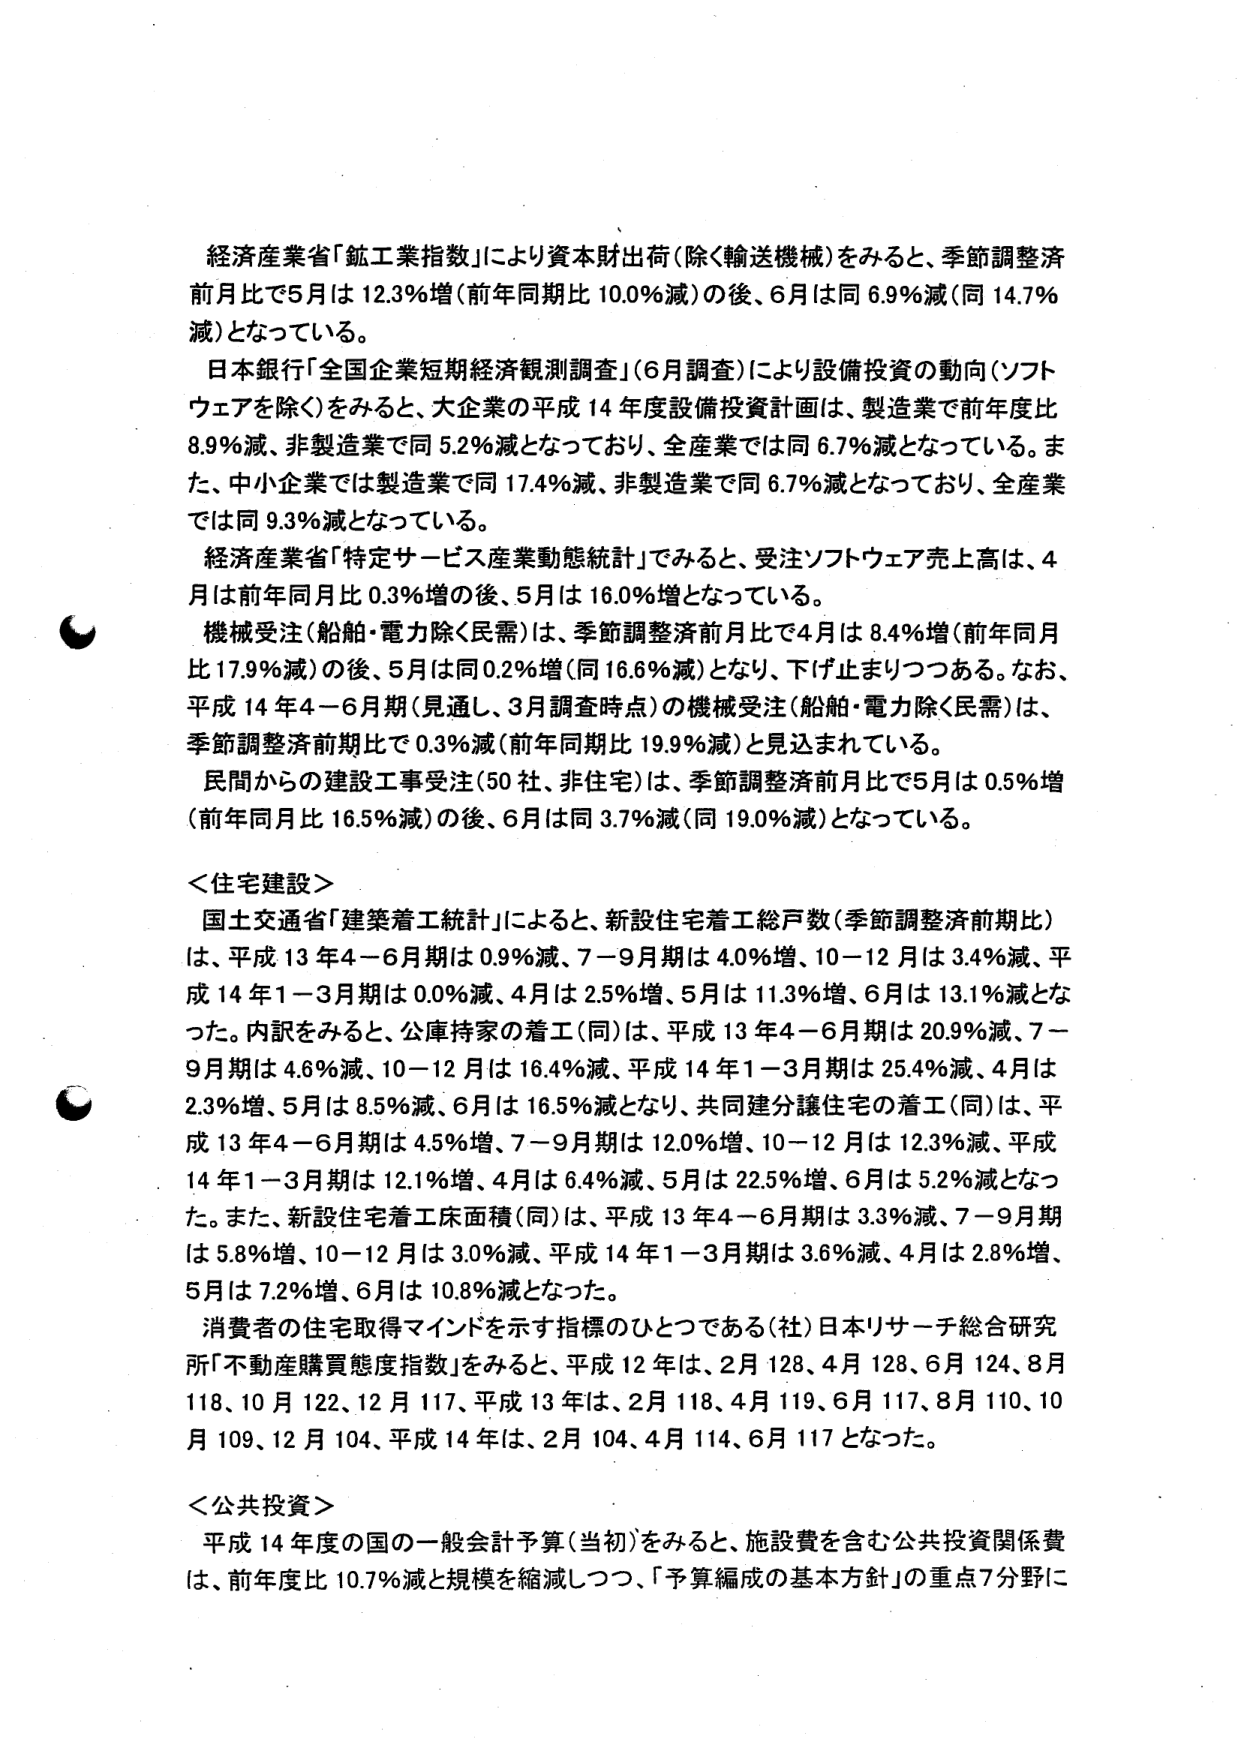
経済産業省「鉱工業指数」により資本財出荷（除く輸送機械）をみると、季節調整済前月比で5月は12.3％増（前年同月比10.0％減）の後、6月は同6.9％減（同14.7％減）となっている。

日本銀行「全国企業短期経済観測調査」（6月調査）により設備投資の動向（ソフトウェアを除く）をみると、大企業の平成14年度設備投資計画は、製造業で前年度比8.9％減、非製造業で同5.2％減となっており、全産業では同6.7％減となっている。また、中小企業では製造業で同17.4％減、非製造業で同6.7％減となっており、全産業では同9.3％減となっている。

経済産業省「特定サービス産業動態統計」でみると、受注ソフトウェア売上高は、4月は前年同月比0.3％増の後、5月は16.0％増となっている。

機械受注（船舶・電力除く民需）は、季節調整済前月比で4月は8.4％増（前年同月比17.9％減）の後、5月は同0.2％増（同16.6％減）となり、下げ止まりつつある。なお、平成14年4－6月期（見通し、3月調査時点）の機械受注（船舶・電力除く民需）は、季節調整済前期比で0.3％減（前年同期比19.9％減）と見込まれている。

民間からの建設工事受注（50社、非住宅）は、季節調整済前月比で5月は0.5％増（前年同月比16.5％減）の後、6月は同3.7％減（同19.0％減）となっている。

＜住宅建設＞

国土交通省「建築着工統計」によると、新設住宅着工総戸数（季節調整済前期比）は、平成13年4－6月期は0.9％減、7－9月期は4.0％増、10－12月は3.4％減、平成14年1－3月期は0.0％減、4月は2.5％増、5月は11.3％増、6月は13.1％減となった。内訳をみると、公庫持家の着工（同）は、平成13年4－6月期は20.9％減、7－9月期は4.6％減、10－12月は16.4％減、平成14年1－3月期は25.4％減、4月は2.3％増、5月は8.5％減、6月は16.5％減となり、共同建分譲住宅の着工（同）は、平成13年4－6月期は4.5％増、7－9月期は12.0％増、10－12月は12.3％減、平成14年1－3月期は12.1％増、4月は6.4％減、5月は22.5％増、6月は5.2％減となった。また、新設住宅着工床面積（同）は、平成13年4－6月期は3.3％減、7－9月期は5.8％増、10－12月は3.0％減、平成14年1－3月期は3.6％減、4月は2.8％増、5月は7.2％増、6月は10.8％減となった。

消費者の住宅取得マインドを示す指標のひとつである（社）日本リサーチ総合研究所「不動産購買態度指数」をみると、平成12年は、2月128、4月128、6月124、8月118、10月122、12月117、平成13年は、2月118、4月119、6月117、8月110、10月109、12月104、平成14年は、2月104、4月114、6月117となった。

＜公共投資＞

平成14年度の国の一般会計予算（当初）をみると、施設費を含む公共投資関係費は、前年度比10.7％減と規模を縮減しつつ、「予算編成の基本方針」の重点7分野に